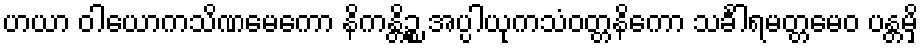
ဟယာ ဝါယောကသိဏမေကော နိကန္တိဉ္စ အပ္ပါယုကသံဝတ္တနိကော သင်္ခါရမတ္တမေဝ ပန္တမှိ